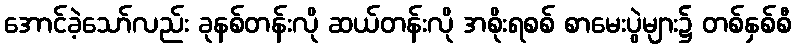
အောင်ခဲ့သော်လည်း ခုနစ်တန်းလို ဆယ်တန်းလို အစိုးရစစ် စာမေးပွဲများ၌ တစ်နှစ်စီ